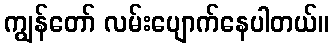
ကျွန်တော် လမ်းပျောက်နေပါတယ်။